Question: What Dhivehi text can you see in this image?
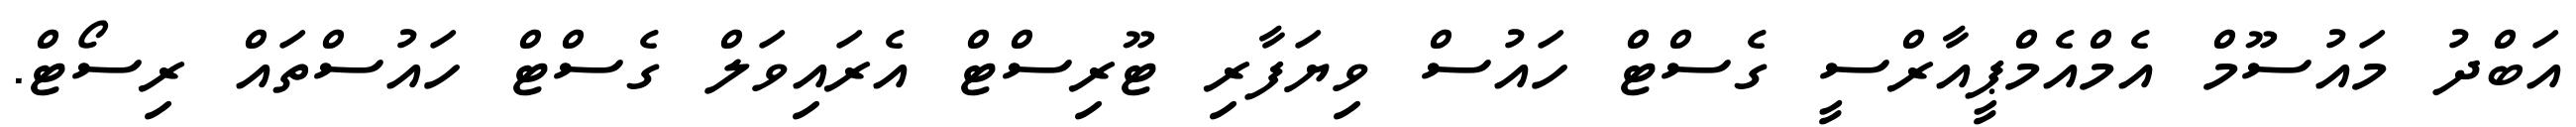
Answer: އަބްދު މައުސޫމް އެމްއެމްޕީއާރްސީ ގެސްޓް ހައުސް ވިޔަފާރި ޓޫރިސްޓް އެރައިވަލް ގެސްޓް ހައުސްތައް ރިސޯޓް.